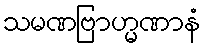
သမဏဗြာဟ္မဏာနံ